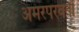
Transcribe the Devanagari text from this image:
अमरपरवर्ती